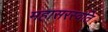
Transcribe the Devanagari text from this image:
महासरस्वति